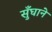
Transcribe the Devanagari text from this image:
सुँघाने